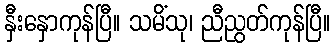
နှီးနှောကုန်ပြီ။ သမိံသု၊ ညီညွတ်ကုန်ပြီ။